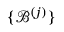
\{ \mathcal { B } ^ { ( j ) } \}